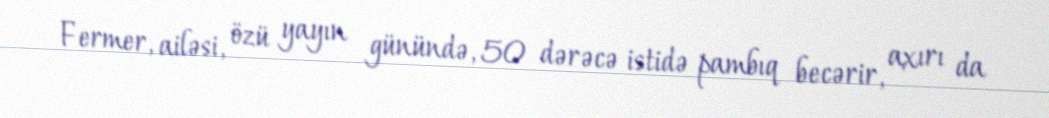
Fermer, ailəsi, özü yayın günündə, 50 dərəcə istidə pambıq becərir, axırı da